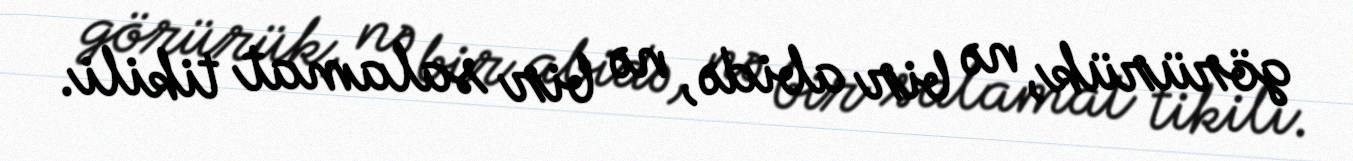
görürük, nə bir abidə, nə bir salamat tikili.